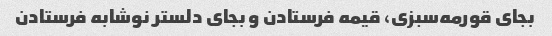
بجای قورمه‌سبزی، قیمه فرستادن و بجای دلستر نوشابه فرستادن